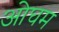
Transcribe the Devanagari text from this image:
ओघम